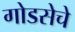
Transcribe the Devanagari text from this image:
गोडसेचे